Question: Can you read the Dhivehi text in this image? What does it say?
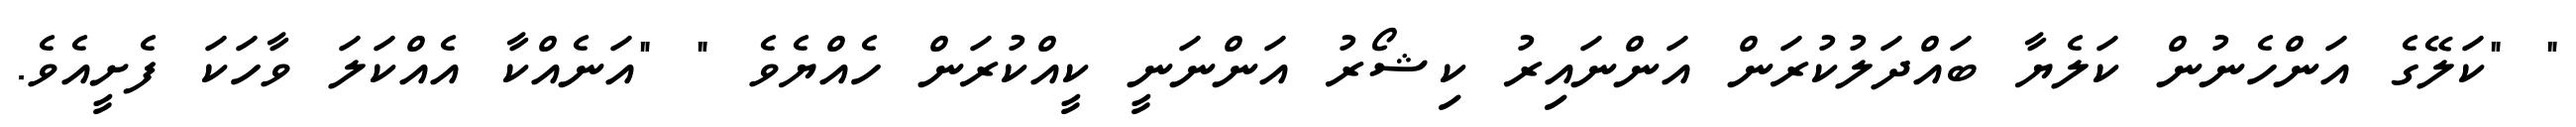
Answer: " "ކަލޭގެ އަންހެނުން ކަލެޔާ ބައްދަލުކުރަން އަންނައިރު ކިޝޯރު އަންނަނީ ކީއްކުރަން ހެއްޔެވެ " "އަނެއްކާ އެއްކަލަ ވާހަކަ ފެށީއެވެ.